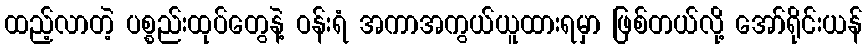
ထည့်လာတဲ့ ပစ္စည်းထုပ်တွေနဲ့ ဝန်းရံ အကာအကွယ်ယူထားရမှာ ဖြစ်တယ်လို့ အော်ရိုင်းယန်